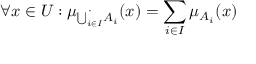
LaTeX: \forall x \in { U } : \mu _ { { \dot { \bigcup _ { i \in { I } } } } A _ { i } } ( x ) = \sum _ { i \in { I } } \mu _ { A _ { i } } ( x )